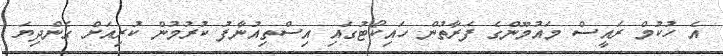
އެ ހުކުމް ރައީސް މައުމޫންގެ ފަރާތުން ހައިކޯޓުގައި އިސްތިއުނާފު ކުރުމުން ކުރިއަށް ގެންދިޔަ